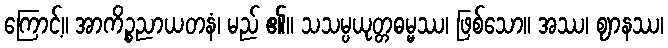
ကြောင့်။ အာကိဉ္စညာယတနံ၊ မည် ၏။ သသမ္ပယုတ္တဓမ္မဿ၊ ဖြစ်သော။ အဿ၊ ဈာနဿ၊